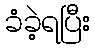
ခံခဲ့ရပြီး